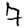
Digit: 7